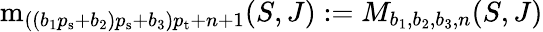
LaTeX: \begin{array}{r}{\textrm{m}_{((b_{1}{p_{\mathrm{s}}}+b_{2}){p_{\mathrm{s}}}+b_{3}){p_{\mathrm{t}}}+n+1}(S,J):=M_{b_{1},b_{2},b_{3},n}(S,J)}\end{array}